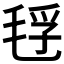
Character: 𰚜